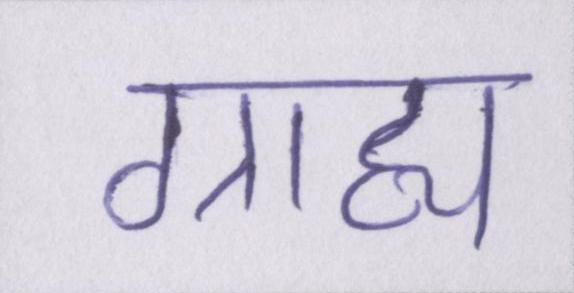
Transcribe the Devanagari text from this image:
ग्राह्य